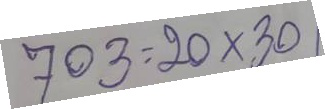
703 = 20 x 30